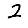
Digit: 2